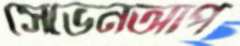
সেভেনআপ